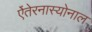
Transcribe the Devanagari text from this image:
ऐंतेरनास्योनाल